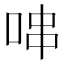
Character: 𠳡